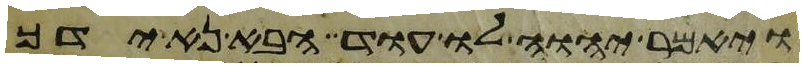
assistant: ויאמר יהוה לו עוד הבא נא ידך